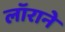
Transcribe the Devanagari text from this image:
लॉराने